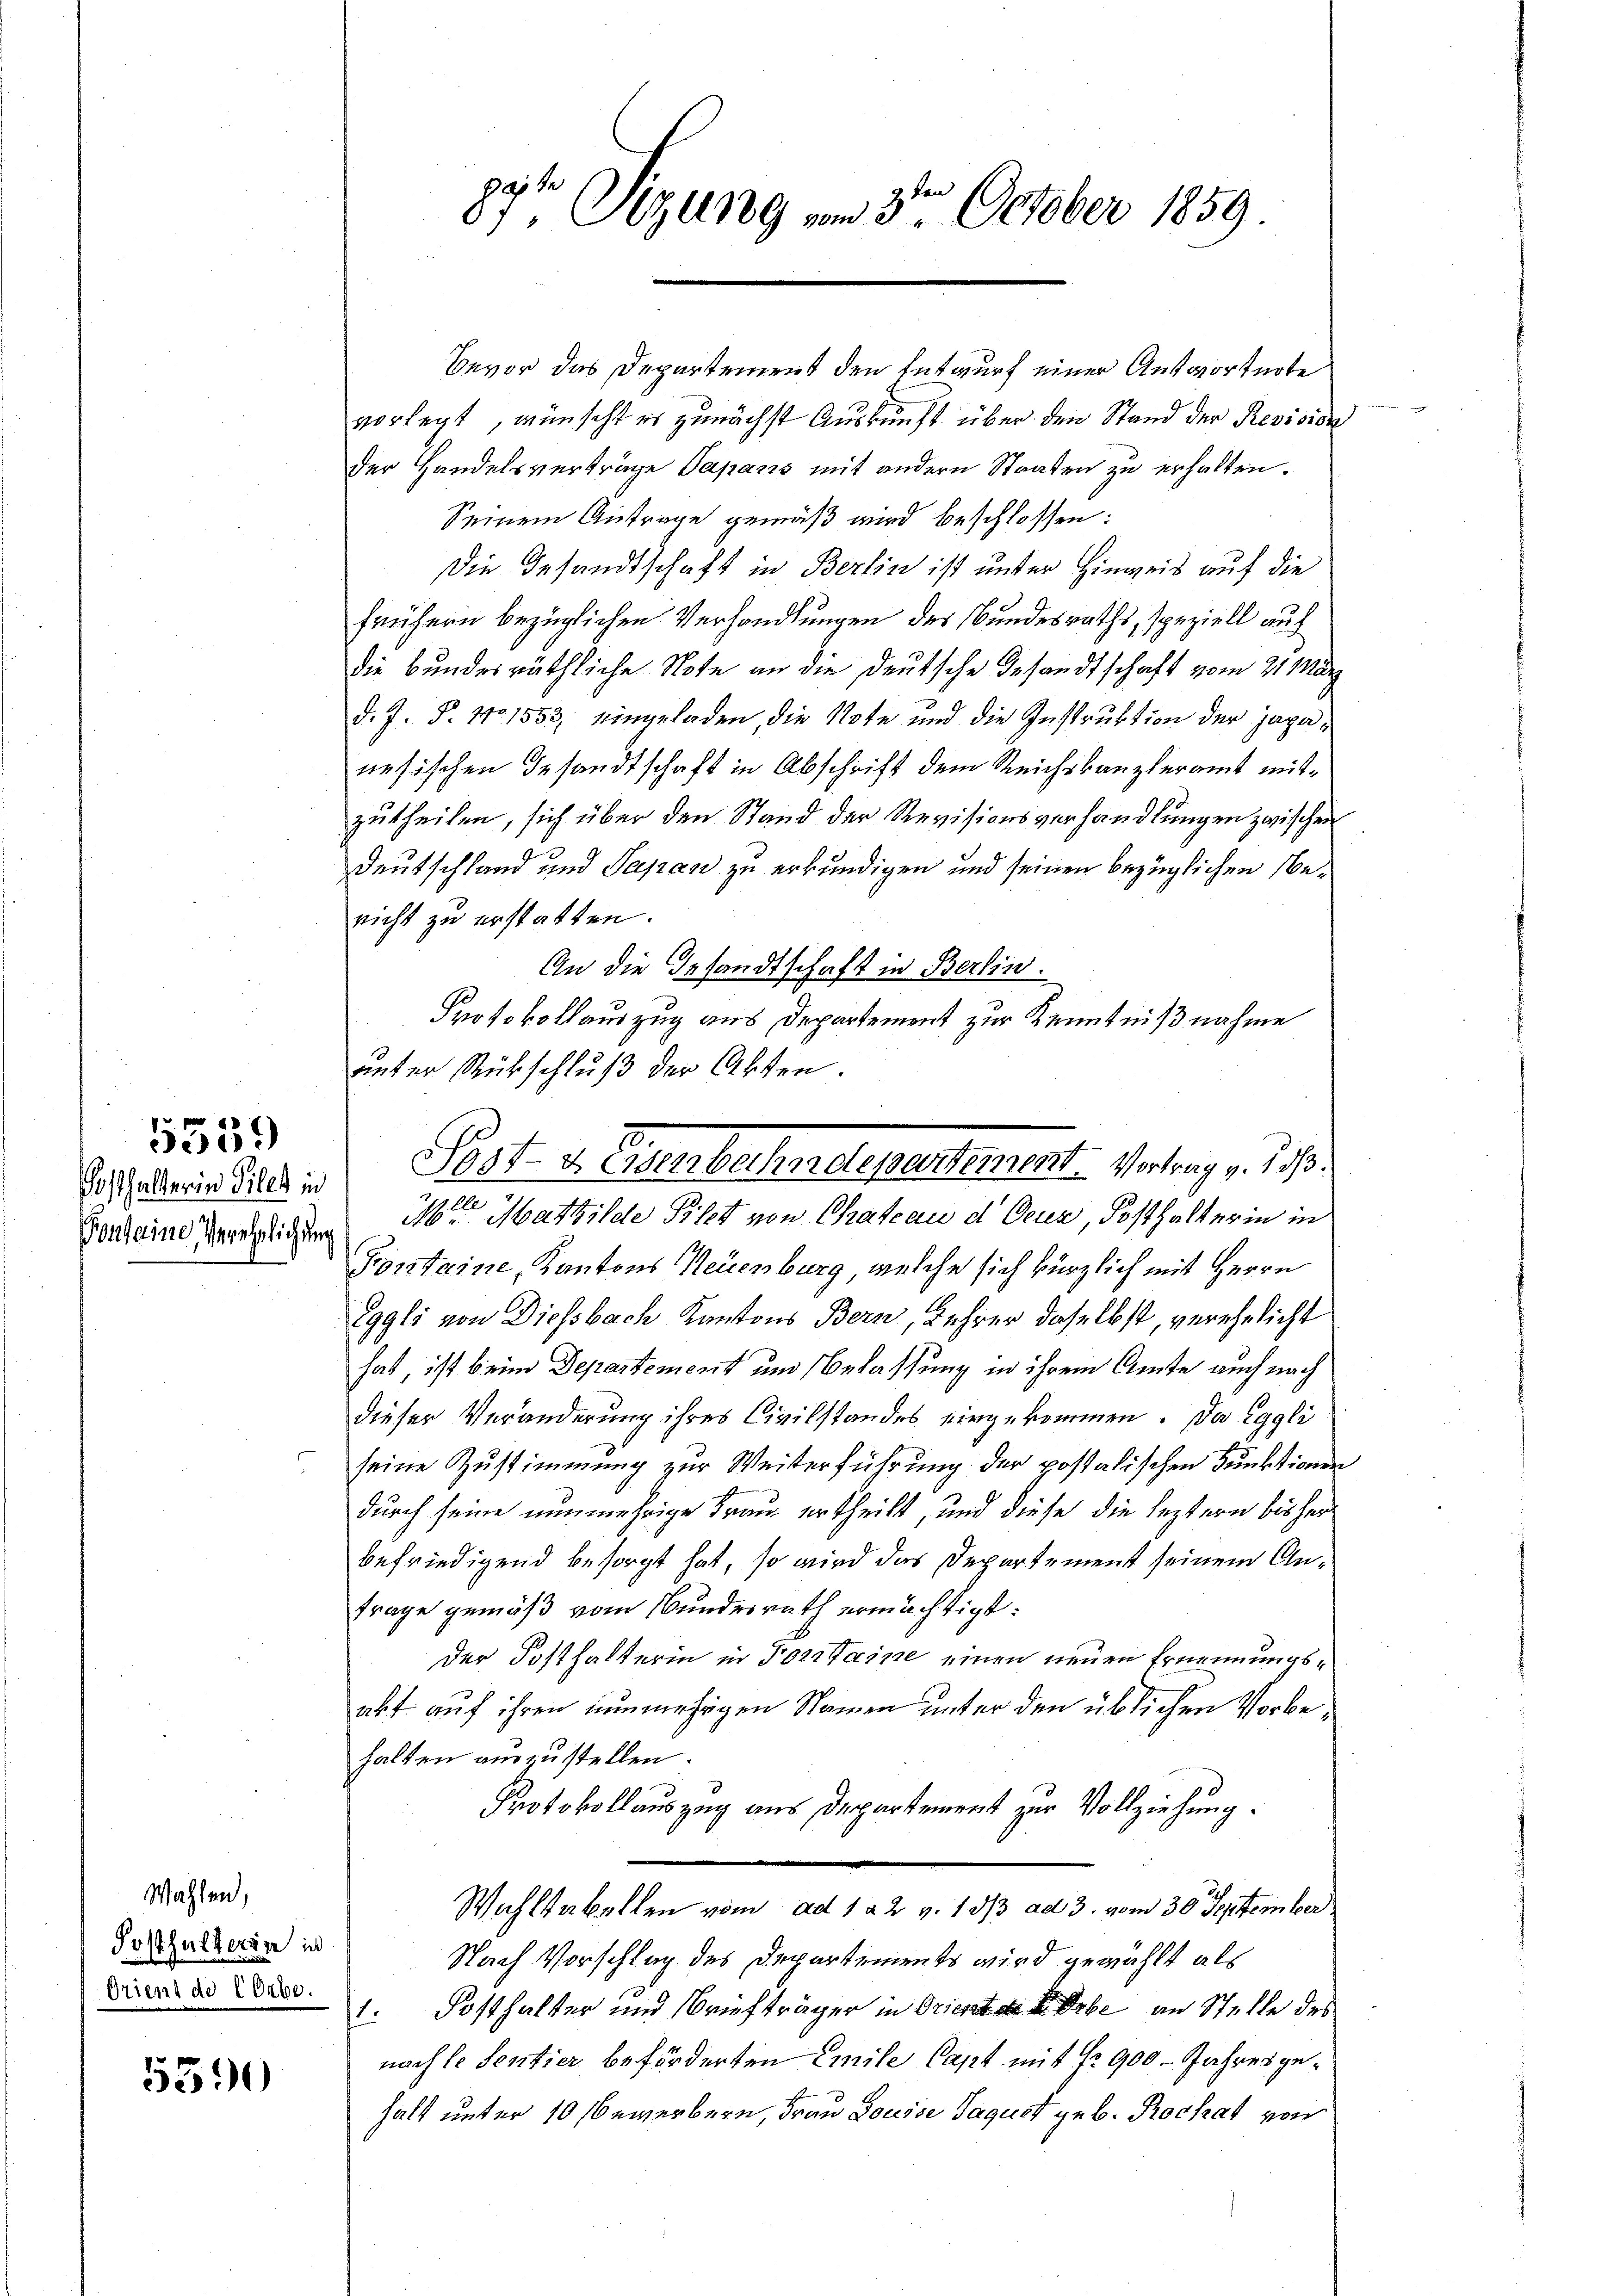
5339

Sosthalterin Siles in
Pontaine Verehelichung

Wahlen,
Posthalteren in

5390

Bevor das Departement den Entwurf einer Antwortnote
vorlegt, wünscht er zunächst Auskunft über den Stand der Revision
der Handelsverträge Papans mit andern Strafen zu erhalten.
Seinem Anfrage gemäß wird beschlossen:
Die Gesandtschaft in Berlin ist unter Hinweis auf die
frühern bezüglichen Verhandlungen des Bundesraths, speziell auf
die bundesräthliche Note an die deutsche Gesandtschaft vom 21. März
d. J. P. No 1553, eingeladen, die Note und die Instruktion der japanesischen Gesandtschaft in Abschrift dem Reichskanzleramt mitzutheilen, sich über den Stand der Revisionsverhandlungen zwischen
Deutschland und Japan zu erkundigen und seinen bezüglichen Benicht zu erstatten.
An die Gesandtschaft in Berlin.
Protokollauszug aus Departement zur Kenntnißnahme
Mit Mathilde Pilet von Chateau d Oeuz, Posthalter in in
Fontaine, Kantons Neuenburg, welche sich kürzlich mit Herrn
Eggli von Diessbach Kantons Bern, Lehrer daselbst, verehelicht
hat, ist beim Departement und Belassung in ihrem Amte auch nach
dieser Veränderung ihres Civilstandes eingekommen. Da eggli
seine Zustimmung zur Weiterführung der postalischen Funktionen
durch seine nunmehrige Frau ertheilt, und diese die leztern bisher
befriedigend besorgt hat, so wird das Departement seinem Antrage gemäß vom Bundesrath ermächtigt:
der Posthalterin in Foritaine einen neuen Ernennungsabt auf ihren nunmehrigen Namen unter den üblichen Vorbehalten auszustellen.
Protokollauszug aus Departement zur Vollziehung.
Wahlstabellen vom ad 1 a 2 v. 10/3 ad 3. vom 30. September
Nach Vorschlag des Departements wird gewählt als
Dieer des Den 1. Posthalter und Briefträger in Oriente Erbe an Stelle des
nachte Sentier beförderten Emile Capt mit No 900 Jahresgehalt unter 10 bewerbern, Frau Louise Tagust geb. Rochat von

87t Sizung vom 3te͇n October 1859

unter Rückschluß der Akten.
Post u. Gebahndepartement. Vertrag v. Js.